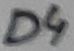
Text: D4